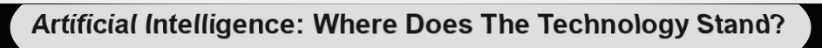
Artificial Intelligence: Where Does The Technology Stand?